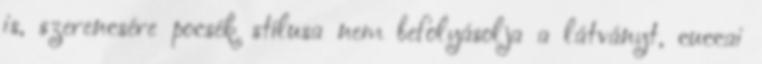
is, szerencsére pocsék stílusa nem befolyásolja a látványt, cuccai